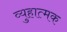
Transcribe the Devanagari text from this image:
व्युहात्मक